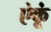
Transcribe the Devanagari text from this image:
ऐकूं